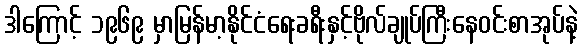
ဒါကြောင့် ၁၉၆၉ မှာမြန်မာ့နိုင်ငံရေးခရီးနှင့်ဗိုလ်ချုပ်ကြီးနေဝင်းစာအုပ်နဲ့